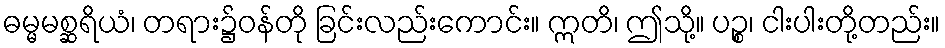
ဓမ္မမစ္ဆရိယံ၊ တရား၌ဝန်တို ခြင်းလည်းကောင်း။ ဣတိ၊ ဤသို့။ ပဉ္စ၊ ငါးပါးတို့တည်း။